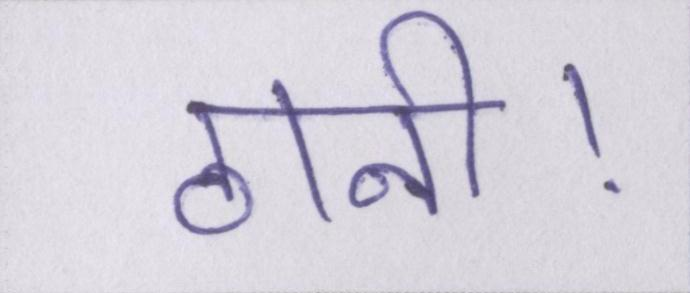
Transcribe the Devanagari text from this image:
ठानी।